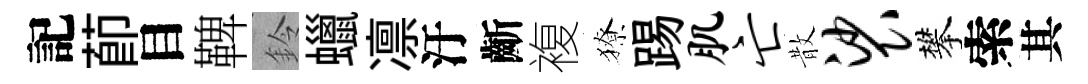
記莭目鞞鈴蠟凛汙齗複獠踢肌亡散裟攀索其